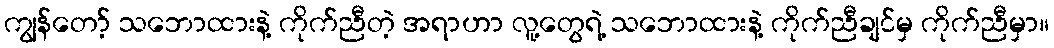
ကျွန်တော့် သဘောထားနဲ့ ကိုက်ညီတဲ့ အရာဟာ လူ့တွေရဲ့ သဘောထားနဲ့ ကိုက်ညီချင်မှ ကိုက်ညီမှာ။